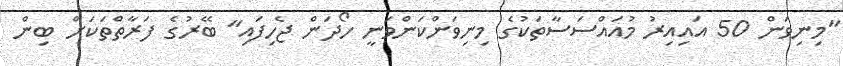
"މިނިވަން 50 އައިއިރު މުއައްސަސާތަކުގެ މިނިވަންކަންވަނީ ހޯދަން ޖެހިފައި" ބޭރުގެ ފަރާތްތަކަށް ބިން